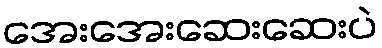
အေးအေးဆေးဆေးပဲ